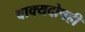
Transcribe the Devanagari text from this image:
वाक्यदोषही